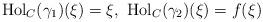
LaTeX: \begin{align*}{\rm Hol}_C(\gamma_1)(\xi)=\xi,\ {\rm Hol}_C(\gamma_2)(\xi)=f(\xi)\end{align*}